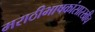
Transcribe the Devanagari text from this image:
मराठीभाषकांसारखीच